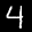
Label: 4